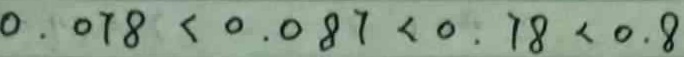
0 . 0 7 8 < 0 . 0 8 7 < 0 . 7 8 < 0 . 8